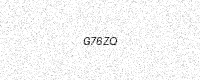
Text: G76ZQ